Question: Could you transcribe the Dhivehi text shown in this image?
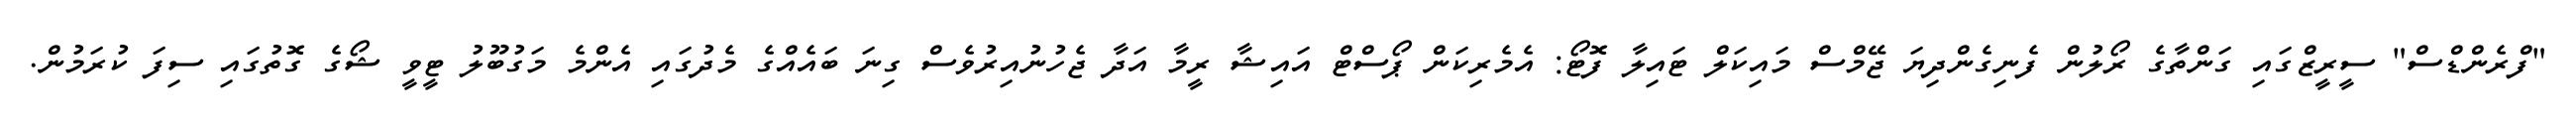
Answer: "ފްރެންޑްސް" ސީރީޒްގައި ގަންތާގެ ރޯލުން ފެނިގެންދިޔަ ޖޭމްސް މައިކަލް ޓައިލާ ފޮޓޯ: އެމެރިކަން ޕޯސްޓް އައިޝާ ރީމާ އަދާ ޖެހުނުއިރުވެސް ގިނަ ބައެއްގެ މެދުގައި އެންމެ މަގުބޫލު ޓީވީ ޝޯގެ ގޮތުގައި ސިފަ ކުރަމުން.